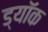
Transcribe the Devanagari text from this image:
ड्यॉक